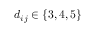
d _ { i j } \in \{ 3 , 4 , 5 \}